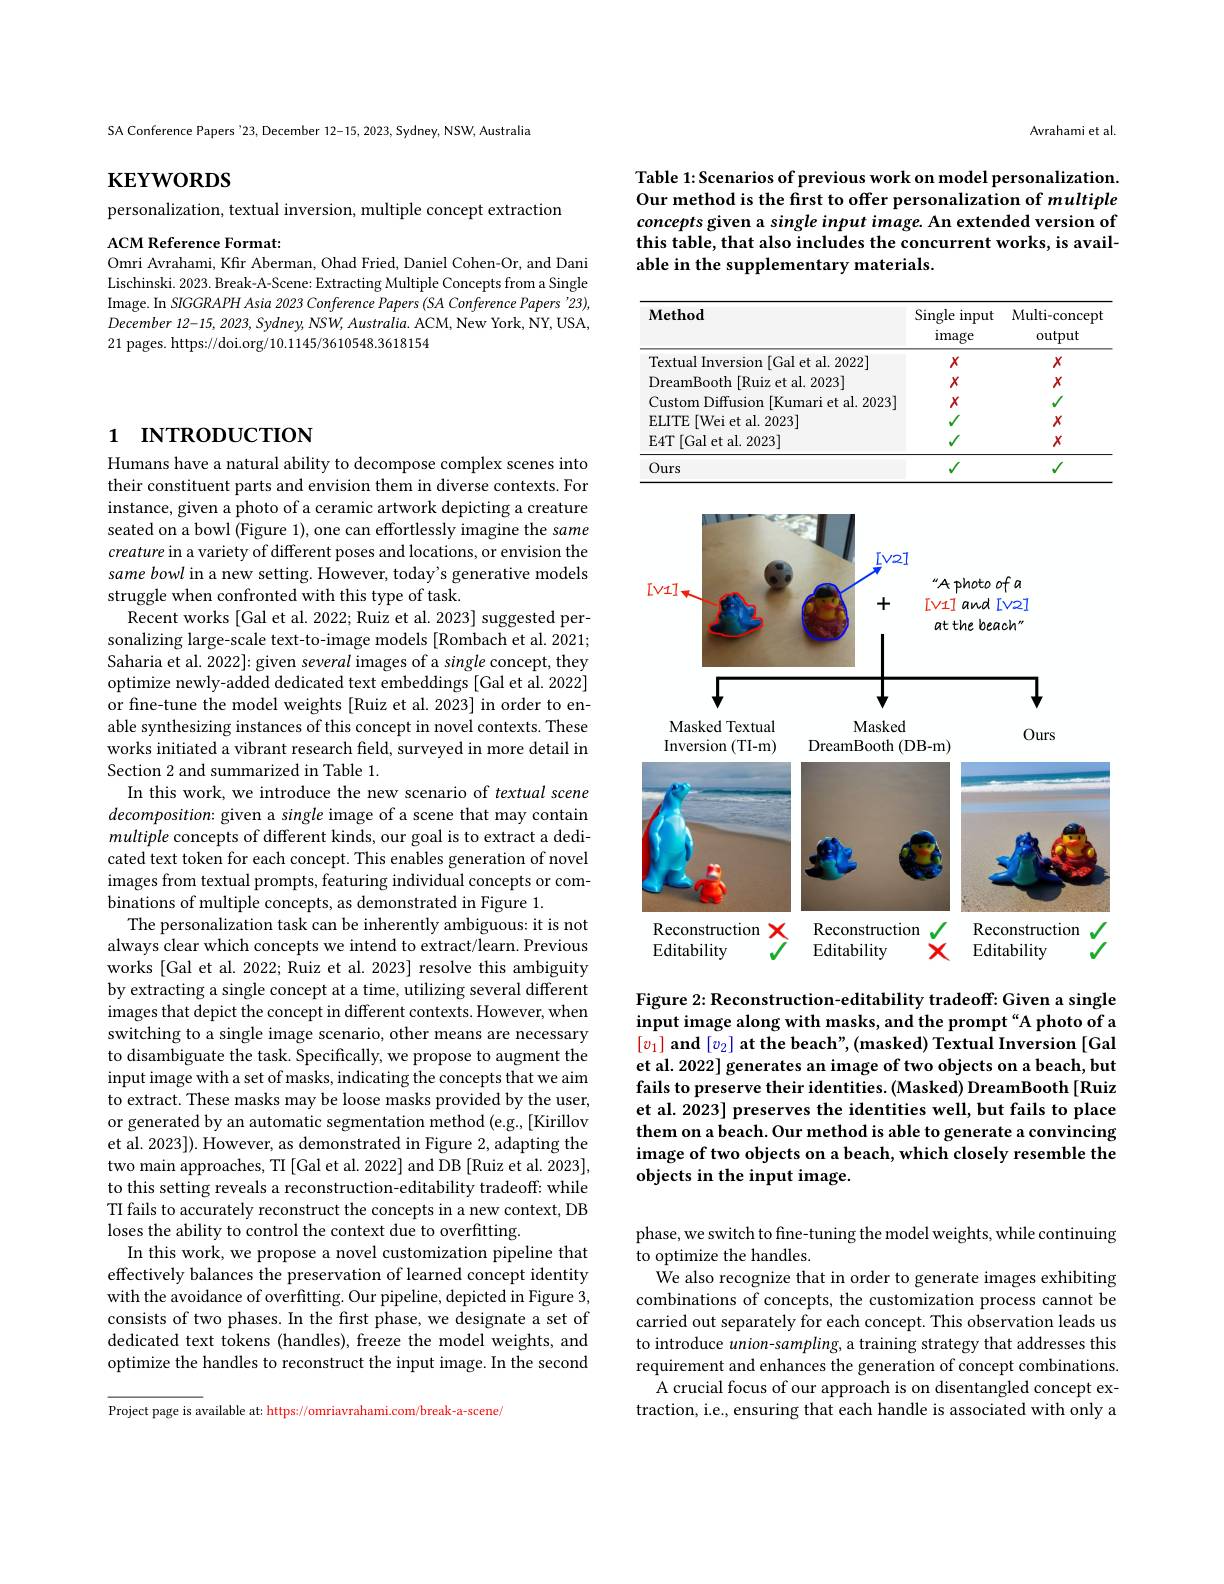
SA Conference Papers '23, December 12-15, 2023, Sydney, NSW, Australia

$\mathbf{KEYWORDS}$

personalization, textual inversion, multiple concept extraction

ACM Reference Format:
Omri Avrahami, Kfir Aberman, Ohad Fried, Daniel Cohen-Or, and Dani

Lischinski. 2023. Break-A-Scene: Extracting Multiple Concepts from a Single Image. In SIGGRAPH Asia 2023 Conference Papers (SA Conference Papers '23), December 12-15, 2023, Sydney, NSW, Australia. ACM, New York, NY, USA, 21 pages. https://doi.org/10.1145/3610548.3618154

# 1 INTRODUCTION

Humans have a natural ability to decompose complex scenes into their constituent parts and envision them in diverse contexts. For instance, given a photo of a ceramic artwork depicting a creature seated on a bowl (Figure 1), one can effortlessly imagine the same creature in a variety of different poses and locations, or envision the same bowl in a new setting. However, today's generative models struggle when confronted with this type of task.
Recent works [Gal et al. 2022; Ruiz et al. 2023] suggested personalizing large-scale text-to-image models [Rombach et al. 2021; Saharia et al. 2022]: given several images of a single concept, they optimize newly-added dedicated text embeddings [Gal et al. 2022] or fine-tune the model weights [Ruiz et al.2023] in order to enable synthesizing instances of this concept in novel contexts. These works initiated a vibrant research feld, surveyed in more detail in Section 2 and summarized in Table 1.
In this work, we introduce the new scenario of textual scene $decomposition:$ given a single image of a scene that may contain multiple concepts of different kinds, our goal is to extract a dedicated text token for each concept. This enables generation of novel images from textual prompts, featuring individual concepts or combinations of multiple concepts, as demonstrated in Figure 1.
The personalization task can be inherently ambiguous: it is not always clear which concepts we intend to extract/learn. Previous works [Gal et al. 2022; Ruiz et al. 2023] resolve this ambiguity by extracting a single concept at a time, utilizing several different images that depict the concept in different contexts. However, when switching to a single image scenario, other means are necessary to disambiguate the task. Specifically, we propose to augment the input image with a set of masks, indicating the concepts that we aim to extract. These masks may be loose masks provided by the user, or generated by an automatic segmentation method (e.g.,[Kirillov et al. 2023]). However, as demonstrated in Figure 2, adapting the two main approaches, TI [Gal et al. 2022] and DB [Ruiz et al. 2023], to this setting reveals a reconstruction-editability tradeoff: while TI fails to accurately reconstruct the concepts in a new context, DB loses the ability to control the context due to overfitting.
In this work, we propose a novel customization pipeline that effectively balances the preservation of learned concept identity with the avoidance of overfitting. Our pipeline, depicted in Figure 3, consists of two phases. In the first phase, we designate a set of dedicated text tokens (handles), freeze the model weights, and optimize the handles to reconstruct the input image. In the second

Project page is available at: https://omriavrahami.com/break-a-scene,

Avrahami et al.

Table 1: Scenarios of previous work on model personalization. Our method is the frst to offer personalization of multiple concepts given a single input image. An extended version of this table, that also includes the concurrent works, is available in the supplementary materials.

<table>
	<tbody>
		<tr>
			<th>$\mathbf{Method}$</th>
			<th>Single input image</th>
			<th>Multi-concep output</th>
		</tr>
		<tr>
			<td>Textual Inversion [Gal et al. 2022]</td>
			<td>$X$</td>
			<td>$X$</td>
		</tr>
		<tr>
			<td>Ours</td>
			<td> </td>
			<td>1</td>
		</tr>
	</tbody>
</table>

<FigureHere>

Figure 2: Reconstruction-editability tradeoff: Given a single input image along with masks, and the prompt “A photo of a $[ v_1] \textbf{ and }[ v_2] \textbf{ at the beach" , ( masked) Textual Inversion [ Gal}$ et al. 2022] generates an image of two objects on a beach, but fails to preserve their identities. (Masked) DreamBooth [Ruiz et al. 2023] preserves the identities well, but fails to place them on a beach. Our method is able to generate a convincing image of two objects on a beach, which closely resemble the objects in the input image.

phase, we switch to fine-tuning the model weights, while continuing
to optimize the handles.
$\dot{\text{We also recognize that in order to generate images exhibiting}}$ combinations of concepts, the customization process cannot be carried out separately for each concept. This observation leads us to introduce $union-sampling$, a training strategy that addresses this requirement and enhances the generation of concept combinations.
A crucial focus of our approach is on disentangled concept extraction, i.e., ensuring that each handle is associated with only a